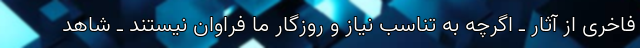
فاخری از آثار ـ اگرچه به تناسب نیاز و روزگار ما فراوان نیستند ـ شاهد